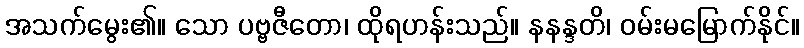
အသက်မွေး၏။ သော ပဗ္ဗဇီတော၊ ထိုရဟန်းသည်။ နနန္ဒတိ၊ ဝမ်းမမြောက်နိုင်။